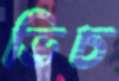
ভিচ